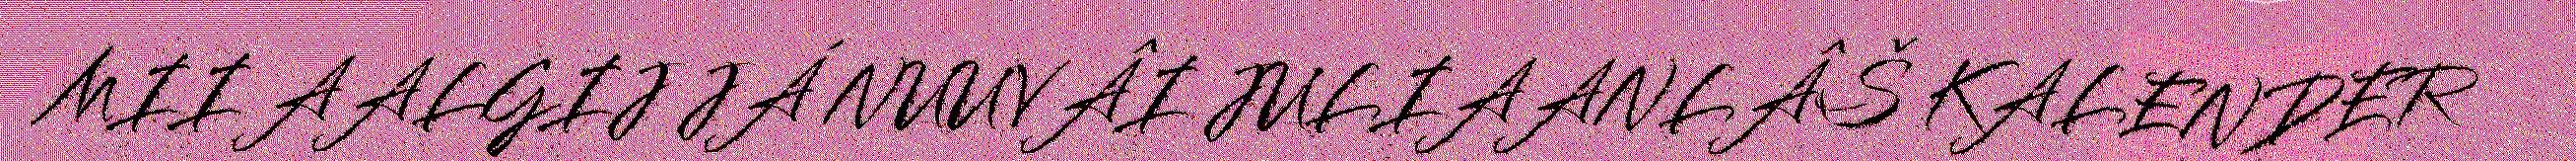
MII AALGIJ JÁ NUUVÂI JULIAANLÂŠ KALENDER